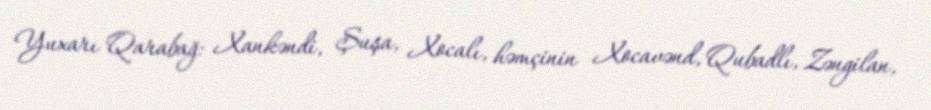
Yuxarı Qarabağ: Xankəndi, Şuşa, Xocalı, həmçinin Xocavənd, Qubadlı, Zəngilan,